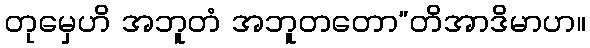
တုမှေဟိ အဘူတံ အဘူတတော”တိအာဒိမာဟ။